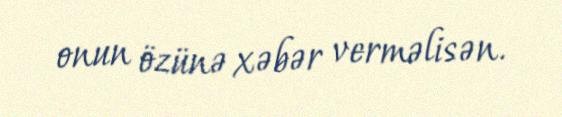
onun özünə xəbər verməlisən.